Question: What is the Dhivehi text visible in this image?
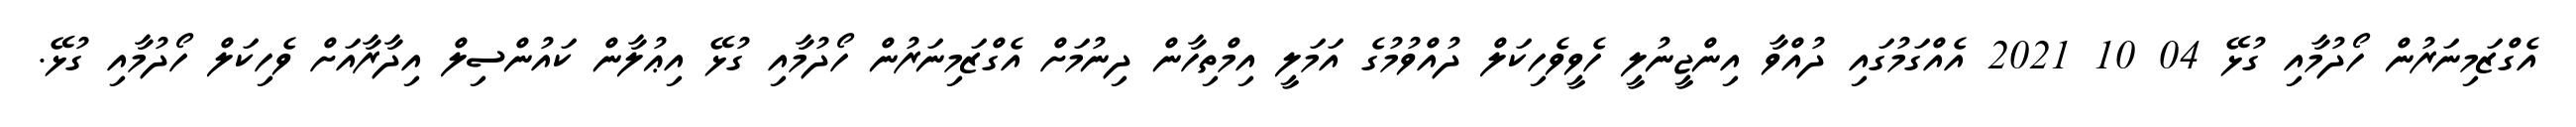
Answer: އެގްޒަމިނަރުން ހޯދުމާއި ގުޅޭ 04 10 2021 އެއްގަމުގައި ދުއްވާ އިންޖީނުލީ ހެވީވެހިކަލް ދުއްވުމުގެ އަމަލީ އިމްތިހާން ދިނުމަށް އެގްޒަމިނަރުން ހޯދުމާއި ގުޅޭ އިޢުލާން ކައުންސިލް އިދާރާއަށް ވެހިކަލް ހޯދުމާއި ގުޅޭ.